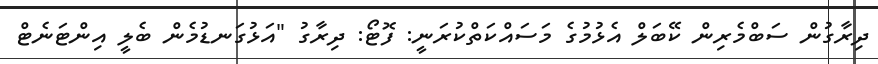
ދިރާގުން ސަބްމެރިން ކޭބަލް އެޅުމުގެ މަސައްކަތްކުރަނީ: ފޮޓޯ: ދިރާގު "އަޅުގަނޑުމެން ބެލީ އިންޓަނެޓް